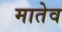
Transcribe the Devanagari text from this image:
मातेव